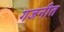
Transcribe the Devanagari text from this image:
गजनीत